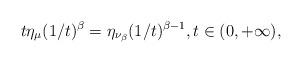
LaTeX: \begin{align*}t\eta_{\mu}(1/t)^{\beta}=\eta_{\nu_{\beta}}(1/t)^{\beta-1},t\in(0,+\infty),\end{align*}